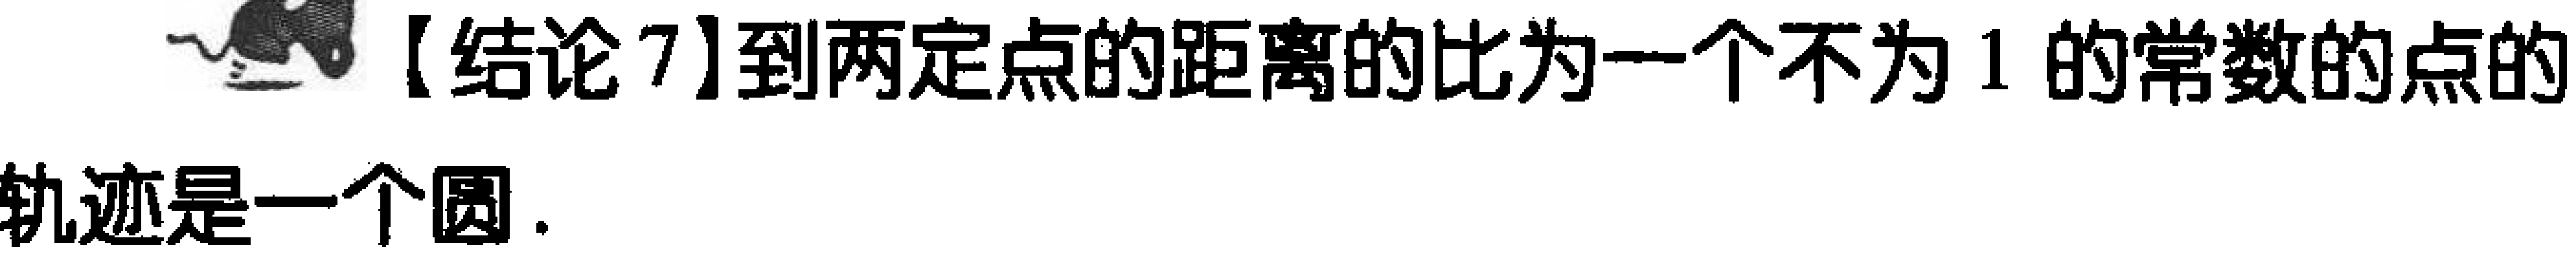
【结论7】到两定点的距离的比为一个不为 1 的常数的点的轨迹是一个圆.